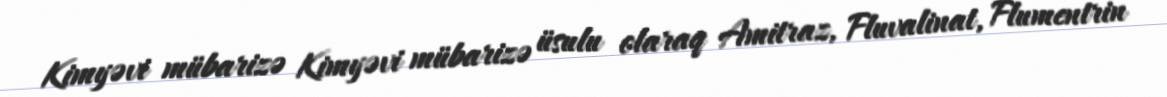
Kimyəvi mübarizə Kimyəvi mübarizə üsulu olaraq Amitraz, Fluvalinat, Flumentrin